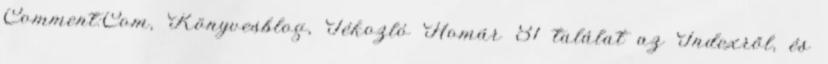
Comment:Com, Könyvesblog, Tékozló Homár 81 találat az Indexről, és